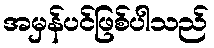
အမှန်ပင်ဖြစ်ပါသည်